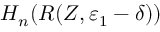
H _ { n } ( R ( Z , \varepsilon _ { 1 } - \delta ) )